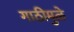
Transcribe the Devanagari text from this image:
गाठीमुळे